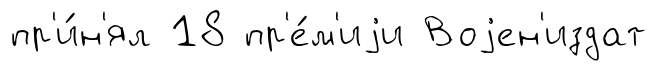
пр'и́н'ял 18 пр'е́м'иjи Воjен'издат